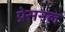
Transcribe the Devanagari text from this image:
प्रेसनल